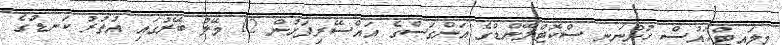
މިލައިޓްހައުސް ހުންނަނީ ސްކޮޓްލޭންޑްގެ އަންގަސްގެ އައްސޭރިފަށުން 12 މޭލު ބޭރުގައި އުތުރު ކަނޑުގެ